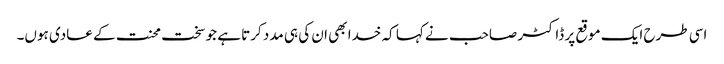
اسی طرح ایک موقع پر ڈاکٹر صاحب نے کہا کہ خدا بھی ان کی ہی مدد کرتا ہے جو سخت محنت کے عادی ہوں۔